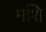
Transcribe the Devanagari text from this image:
मशि